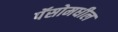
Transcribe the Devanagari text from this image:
पॅसोमधील